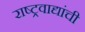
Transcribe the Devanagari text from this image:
राष्ट्रवाद्यांची